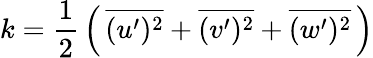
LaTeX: k={\frac{1}{2}}\left(\, {\overline{{(u^{\prime})^{2}}}}+{\overline{{(v^{\prime})^{2}}}}+{\overline{{(w^{\prime})^{2}}}}\, \right)